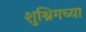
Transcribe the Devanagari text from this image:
शुश्निगच्या